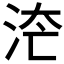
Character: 𱦇